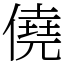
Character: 僥